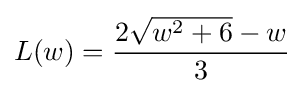
L(w)={\frac {2{\sqrt {w^{2}+6}}-w}{3}}